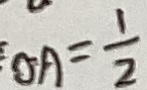
O A = \frac { 1 } { 2 }